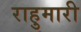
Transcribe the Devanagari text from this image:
राहुमारी